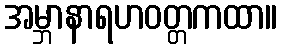
အမ္ဘာနာရဟဝတ္တကထာ။